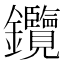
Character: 𨰲